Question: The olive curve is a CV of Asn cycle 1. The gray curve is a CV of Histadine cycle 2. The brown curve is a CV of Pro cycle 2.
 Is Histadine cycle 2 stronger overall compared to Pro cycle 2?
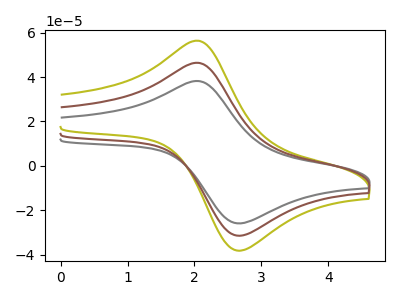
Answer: <think>The olive curve "Asn cycle 1" has an anodic peak at (2.05V, 92.80uA) and a cathodic peak at (2.60V, -62.35uA). The gray curve "Histadine cycle 2" has an anodic peak at (2.05V, 38.20uA) and a cathodic peak at (2.60V, -25.70uA). The brown curve "Pro cycle 2" has an anodic peak at (2.05V, 46.40uA) and a cathodic peak at (2.60V, -31.20uA).
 All the peaks in "Histadine cycle 2" have a peak in "Pro cycle 2" at the same potential. Every peak in "Histadine cycle 2" is lower than every peak in "Pro cycle 2".</think>
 <answer>"Histadine cycle 2" has less signal than "Pro cycle 2".</answer>
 <eval>less_signal</eval>